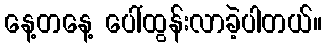
နေ့တနေ့ ပေါ်ထွန်းလာခဲ့ပါတယ်။